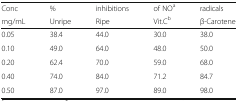
<table><thead><tr><td><b>Conc</b></td><td><b>%</b></td><td><b>inhibitions</b></td><td><b>of NO<sup>a</sup></b></td><td><b>radicals</b></td></tr><tr><td><b>mg/mL</b></td><td><b>Unripe</b></td><td><b>Ripe</b></td><td><b>Vit.C<sup>b</sup></b></td><td><b>β-Carotene</b></td></tr></thead><tbody><tr><td>0.05</td><td>38.4</td><td>44.0</td><td>30.0</td><td>38.0</td></tr><tr><td>0.10</td><td>49.0</td><td>64.0</td><td>48.0</td><td>50.0</td></tr><tr><td>0.20</td><td>62.4</td><td>70.0</td><td>59.0</td><td>68.0</td></tr><tr><td>0.40</td><td>74.0</td><td>84.0</td><td>71.2</td><td>84.7</td></tr><tr><td>0.50</td><td>87.0</td><td>97.0</td><td>89.0</td><td>98.0</td></tr></tbody></table>